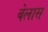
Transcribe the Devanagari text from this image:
बेलास